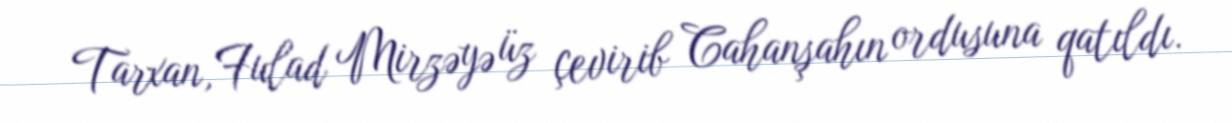
Tarxan, Fulad Mirzəyə üz çevirib Cahanşahın ordusuna qatıldı.